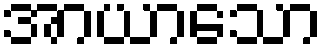
အာယာသော